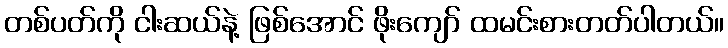
တစ်ပတ်ကို ငါးဆယ်နဲ့ ဖြစ်အောင် ဖိုးကျော် ထမင်းစားတတ်ပါတယ်။